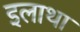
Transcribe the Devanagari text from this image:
इलाथा